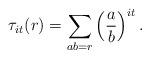
LaTeX: \begin{align*}\tau_{it}(r)=\sum_{ab=r}\left(\frac{a}{b}\right)^{it}.\end{align*}